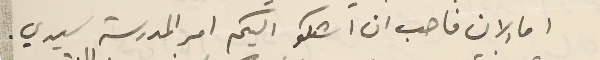
اما الان فاحب ان اشكو اليكم امر المدرسة سيدي .